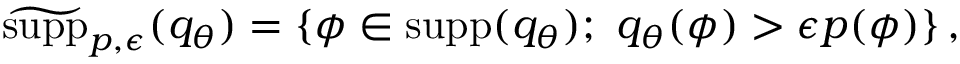
\begin{array} { r } { \widetilde { \mathrm { s u p p } } _ { p , \epsilon } ( q _ { \theta } ) = \{ \phi \in \mathrm { s u p p } ( q _ { \theta } ) ; \ q _ { \theta } ( \phi ) > \epsilon p ( \phi ) \} \, , } \end{array}